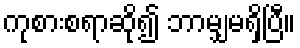
ကုစားစရာဆို၍ ဘာမျှမရှိပြီ။